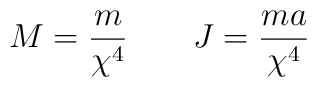
M = \frac{m}{\chi^4}  \qquad  J= \frac{ma}{\chi^4}